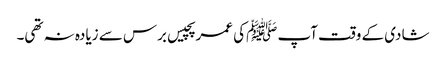
شادی کے وقت آپ ﷺکی عمر پچیس برس سے زیادہ نہ تھی۔